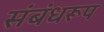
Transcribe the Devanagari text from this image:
संबंधरूप